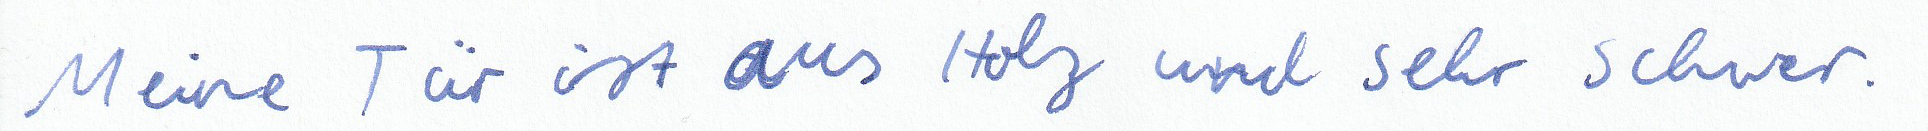
Meine Tür ist aus Holz und sehr schwer.